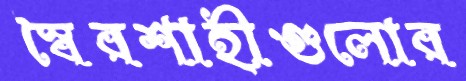
স্বৈরশাহীগুলোর